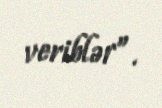
veriblər”.